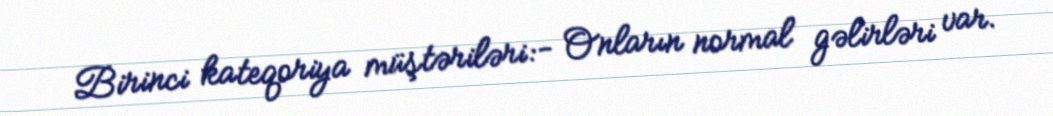
Birinci kateqoriya müştəriləri:- Onların normal gəlirləri var.